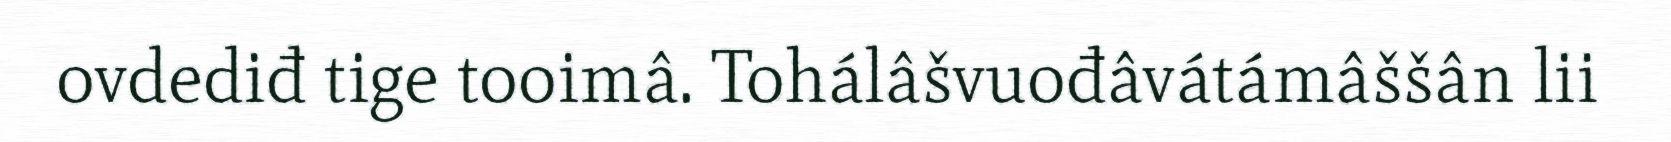
ovdediđ tige tooimâ. Tohálâšvuođâvátámâššân lii